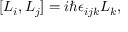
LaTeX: [ L _ { i } , L _ { j } ] = i \hbar \epsilon _ { i j k } L _ { k } ,